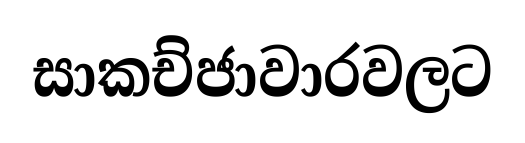
සාකච්ජාවාරවලට